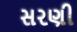
સરણી